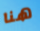
هنا